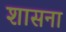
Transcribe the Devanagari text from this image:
शासना